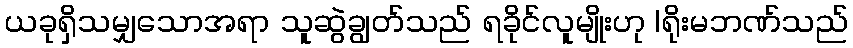
ယခုရှိသမျှသောအရာ သူဆွဲချွတ်သည် ရခိုင်လူမျိုးဟု |ရိုးမဘဏ်သည်